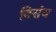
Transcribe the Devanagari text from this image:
विसंच